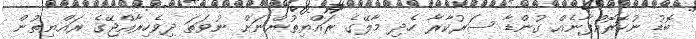
ބޮޑު ނުހޮރޮއްޕާނެއް ގުންޑާ ސަރުކާރާ ހެދި މާލޭގެ ރައްޔިތުންނަށް ނުވަތަ ދިވެހިރާއްޖޭގެ ރައްޔިތުން